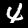
Digit: 4